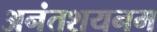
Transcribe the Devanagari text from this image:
अनंतशयनम